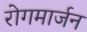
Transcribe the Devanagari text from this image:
रोगमार्जन